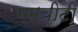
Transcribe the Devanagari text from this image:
एमबीटी